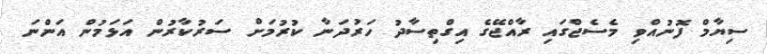
ސިޔާމް ފޮނުއްވި މެސެޖްގައި ރާއްޖޭގެ އިގްތިސާދު ހަރުދަނާ ކުރުމަށް ސަރުކާރުން އަޅަމުން އަންނަ